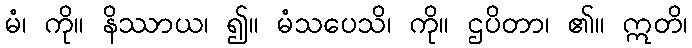
မံ၊ ကို။ နိဿာယ၊ ၍။ မံသပေသိ၊ ကို။ ဌပိတာ၊ ၏။ ဣတိ၊